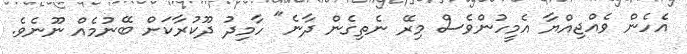
އެހެން ވެއްޖިއްޔާ އެމީހުންވެސް މިރޭ ނެތިގެން ދާނެ" ހާމިދު ދޫކުރާކަށް ބޭނުމެއް ނޫނެވެ.